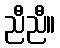
ညီညီ။